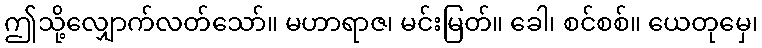
ဤသို့လျှောက်လတ်သော်။ မဟာရာဇ၊ မင်းမြတ်။ ခေါ၊ စင်စစ်။ ယေတုမှေ၊